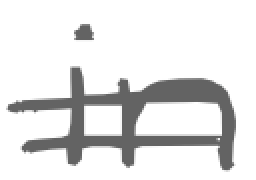
Text: in
Cross-out: double-line
Writing tool: digital_gray